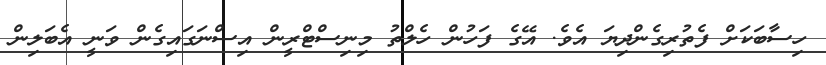
ހިސާބަކަށް ފެތުރިގެންދިޔަ އެވެ. އޭގެ ފަހުން ހެލްތު މިނިސްޓްރީން އިސްނަގައިގެން ވަނީ އެބަލިން